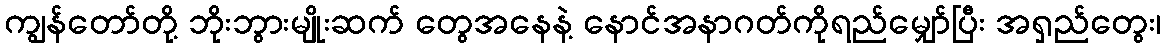
ကျွန်တော်တို့ ဘိုးဘွားမျိုးဆက် တွေအနေနဲ့ နောင်အနာဂတ်ကိုရည်မျှော်ပြီး အရှည်တွေး၊